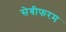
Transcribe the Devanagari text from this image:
सेबीफरम